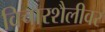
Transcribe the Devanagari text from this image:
विचारशैलीवर